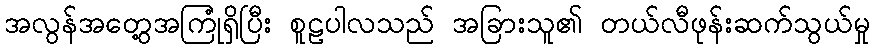
အလွန်အတွေ့အကြုံရှိပြီး စူဠပါလသည် အခြားသူ၏ တယ်လီဖုန်းဆက်သွယ်မှု